Quinine and its salts - Number 41
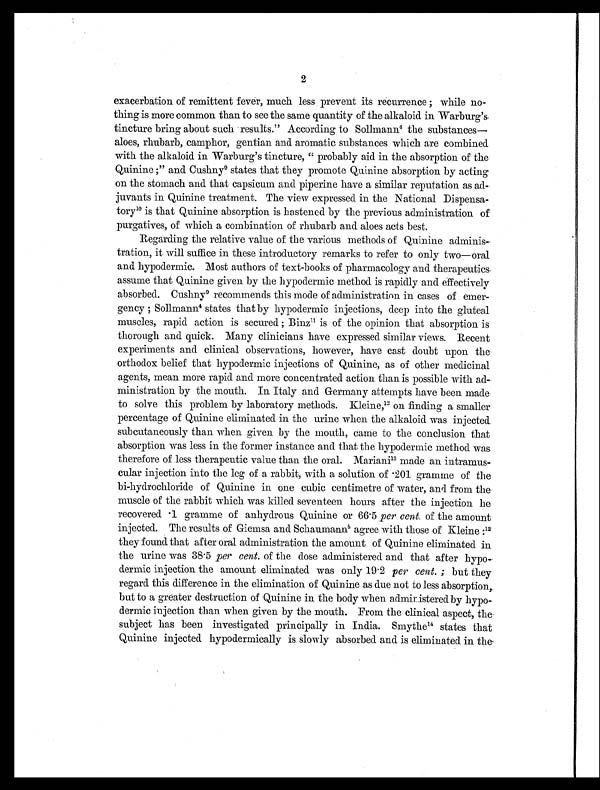
2
exacerbation of remittent fever, much less prevent its recurrence ; while no-
thing is more common than to see the same quantity of the alkaloid in Warburg's
tincture bring about such results." According to Sollmann 4 the substances—
aloes, rhubarb, camphor, gentian and aromatic substances which are combined
with the alkaloid in Warburg's tincture, "probably aid in the absorption of the
Qui ni ne; " and Cushny9 st at es t hat t hey promot e Qui ni ne absorpt i on by act i ng
on the stomach and that capsicum and piperine have a similar reputation as ad-
juvants in Quinine treatment. The view expressed in the National Dispensa-
t o r y 1 0 i s t h a t Q u i n i n e a b s o r p t i o n i s h a s t e n e d b y t h e p r e v i o u s a d m i n i s t r a t i o n o f
purgatives, of which a combination of rhubarb and aloes acts best.
Regarding the relative value of the various methods of Quinine adminis-
tration, it will suffice in these introductory remarks to refer to only two—oral
and hypodermic. Most authors of text-books of pharmacology and therapeutics-
assume that Quinine given by the hypodermic method is rapidly and effectively
absorbed. Cushny9 recommends this mode of administration in cases of emer-
gency ; Sollmann4 states that by hypodermic injections, deep into the gluteal
muscles, rapid action is secured ; Binz11 is of the opinion that absorption is
thorough and quick. Many clinicians have expressed similar views. Recent
experiments and clinical observations, however, have cast doubt upon the
orthodox belief that hypodermic injections of Quinine, as of other medicinal
agents, mean more rapid and more concentrated action than is possible with ad-
ministration by the mouth. In Italy and Germany attempts have been made
to solve this problem by laboratory methods. Kleine, 12 on finding a smaller
percentage of Quinine eliminated in the urine when the alkaloid was injected.
subcutaneously than when given by the mouth, came to the conclusion that
absorption was less in the former instance and that the hypodermic method was
therefore of less therapeutic value than the oral. Mariani 13 made an intramus
cular injection into the leg of a rabbit, with a solution of .201 gramme of the
bi-hydrochloride of Quinine in one cubic centimetre of water, and from the
muscle of the rabbit which was killed seventeen hours after the injection he
recovered .1 gramme of anhydrous Quinine or 66.5 per cent, of the amount
injected. The results of Giemsa and Schaumann5 agree with those of Kleine :12
they found that after oral administration the amount of Quinine eliminated in
the urine was 38.5 per cent. of the dose administered and that after hypo-
dermic injection the amount eliminated was only 19.2 per cent. ; but they
regard this difference in the elimination of Quinine as clue not to less absorption,
but to a greater destruction of Quinine in the body when administered by hypo-
dermic injection than when given by the mouth. From the clinical aspect, the
subject has been investigated principally in India. Smythe14 states that
Quinine injected hypodermically is slowly absorbed and is eliminated in the